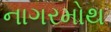
નાગરમોથ